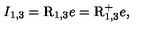
I _ { 1 , 3 } = \mathrm { { \sl I \! \! R } } _ { 1 , 3 } e = \mathrm { { \sl I \! \! R } } _ { 1 , 3 } ^ { + } e ,